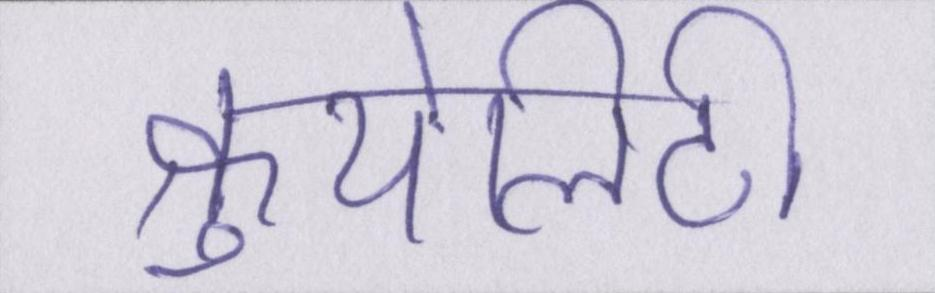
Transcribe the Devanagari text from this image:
क्रुयेलिटी